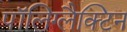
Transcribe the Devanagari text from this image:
पॉलिग्लैक्टिन